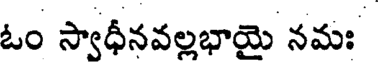
ఓం స్వాధీనవల్లభాయై నమః